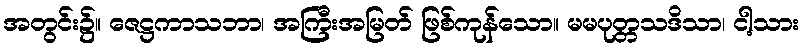
အတွင်း၌။ ဇေဋ္ဌကာသဘာ၊ အကြီးအမြတ် ဖြစ်ကုန်သော။ မမပုတ္တသဒိသာ၊ ငါ့သား